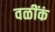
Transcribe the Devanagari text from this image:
वळींकं